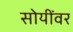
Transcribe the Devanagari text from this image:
सोयींवर